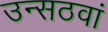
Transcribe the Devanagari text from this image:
उन्सठवां